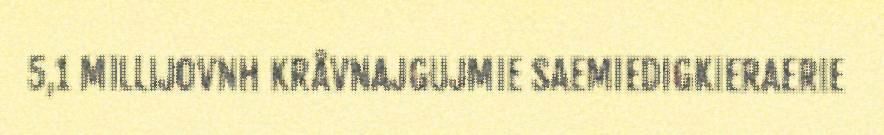
5,1 MILLIJOVNH KRÅVNAJGUJMIE SAEMIEDIGKIERAERIE